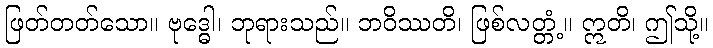
ဖြတ်တတ်သော။ ဗုဒ္ဓေါ၊ ဘုရားသည်။ ဘဝိဿတိ၊ ဖြစ်လတ္တံ့။ ဣတိ၊ ဤသို့။